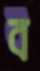
ব